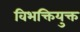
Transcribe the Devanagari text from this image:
विभक्तियुक्त